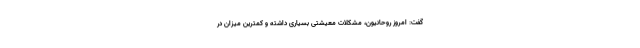
گفت: امروز روحانیون، مشکلات معیشتی بسیاری داشته و کمترین میزان در